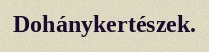
Dohánykertészek.